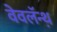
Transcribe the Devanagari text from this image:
वेवलॅन्थ़